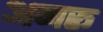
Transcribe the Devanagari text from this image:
अनरू